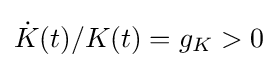
{\dot {K}}(t)/K(t)=g_{K}>0